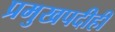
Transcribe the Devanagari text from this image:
प्रमुखपदीही